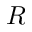
R